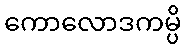
ကောလောဒကမ္ပိ